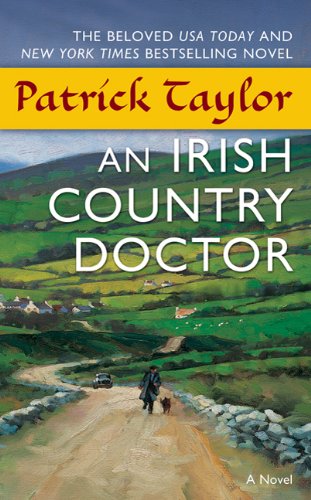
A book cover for An Irish Country Doctor (Irish Country Books); Patrick Taylor; Mystery, Thriller & Suspense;